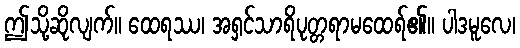
ဤသို့ဆိုလျက်။ ထေရဿ၊ အရှင်သာရိပုတ္တရာမထေရ်၏။ ပါဒမူလေ၊